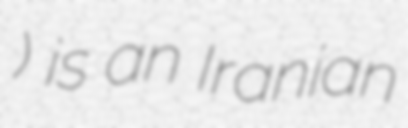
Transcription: خرمشاهی) is an Iranian